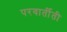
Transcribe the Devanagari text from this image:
परवार्तीती